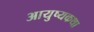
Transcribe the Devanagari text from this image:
आयुष्यकथा